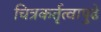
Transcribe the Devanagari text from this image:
चित्रकर्तृत्वापुढे